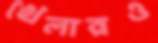
খেলারও